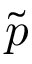
\tilde { p }